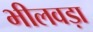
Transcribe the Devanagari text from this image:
भीलवड़ा